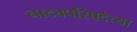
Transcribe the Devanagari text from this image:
नाट्यपरिषदेच्या